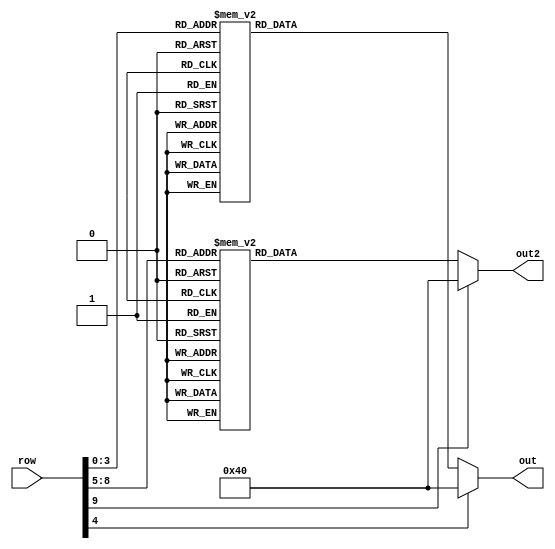
module dot_display(row,out,out2);
	input [9:0] row;
	output reg [6:0] out,out2;
	always@(row)
	begin//
		case(row[4:0])
			5'b00000: out = 7'b1000000;
			5'b00001: out = 7'b1111001;
			5'b00010: out = 7'b0100100;
			5'b00011: out = 7'b0110000;
			5'b00100: out = 7'b0011001;
			5'b00101: out = 7'b0010010;
			5'b00110: out = 7'b0000010;
			5'b00111: out = 7'b1111000;
			5'b01000: out = 7'b0000000;
			5'b01001: out = 7'b0010000;
			5'b01010: out = 7'b0001000;
			//5'b01011: out = 7'b0000011;
			//5'b01100: out = 7'b1000110;
			//5'b01101: out = 7'b0100001;
			//5'b01110: out = 7'b0000110;
			//5'b01111: out = 7'b0001110;
		default
			out = 7'b1000000;
		endcase
		case(row[9:5])
			5'b00000: out2 = 7'b1000000;
			5'b00001: out2 = 7'b1111001;
			5'b00010: out2 = 7'b0100100;
			5'b00011: out2 = 7'b0110000;
			5'b00100: out2 = 7'b0011001;
			5'b00101: out2 = 7'b0010010;
			5'b00110: out2 = 7'b0000010;
			5'b00111: out2 = 7'b1111000;
			5'b01000: out2 = 7'b0000000;
			5'b01001: out2 = 7'b0010000;
			5'b01010: out2 = 7'b0001000;
			//5'b01011: out = 7'b0000011;
			//5'b01100: out = 7'b1000110;
			//5'b01101: out = 7'b0100001;
			//5'b01110: out = 7'b0000110;
			//5'b01111: out = 7'b0001110;
		default
			out2 = 7'b1000000;
		endcase
	end 
endmodule